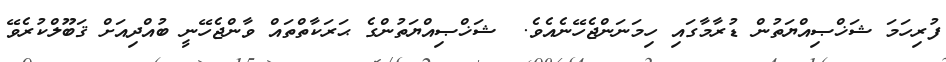
ފުރިހަމަ ޝަޚްޞިއްޔަތުން ޑުރާމާގައި ހިމަނަންޖެހޭނެއެވެ.  ޝަޚްޞިއްޔަތުންގެ ޙަރަކާތްތައް ވާންޖެހޭނީ ބުއްދިއަށް ޤަބޫލްކުރެވޭ